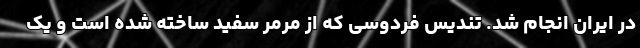
در ایران انجام شد. تندیس فردوسی که از مرمر سفید ساخته شده است و یک